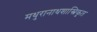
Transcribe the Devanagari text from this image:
मथुरानाथशास्त्रिकृत